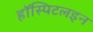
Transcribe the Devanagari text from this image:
हॉस्पिटलइन